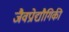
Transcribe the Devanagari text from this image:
जैवप्रोद्यौगिकी